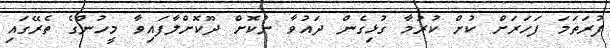
ފުރަތަމަ ފަހަރަށް ކުށް ކުރުމާ ގުޅިގެން ދައުވާ ނުކޮށް ދޫކޮށްލާފައިވާ މީހުންގެ ތެރޭގައި